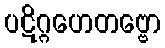
ပဋိဂ္ဂဟေတဗ္ဗော